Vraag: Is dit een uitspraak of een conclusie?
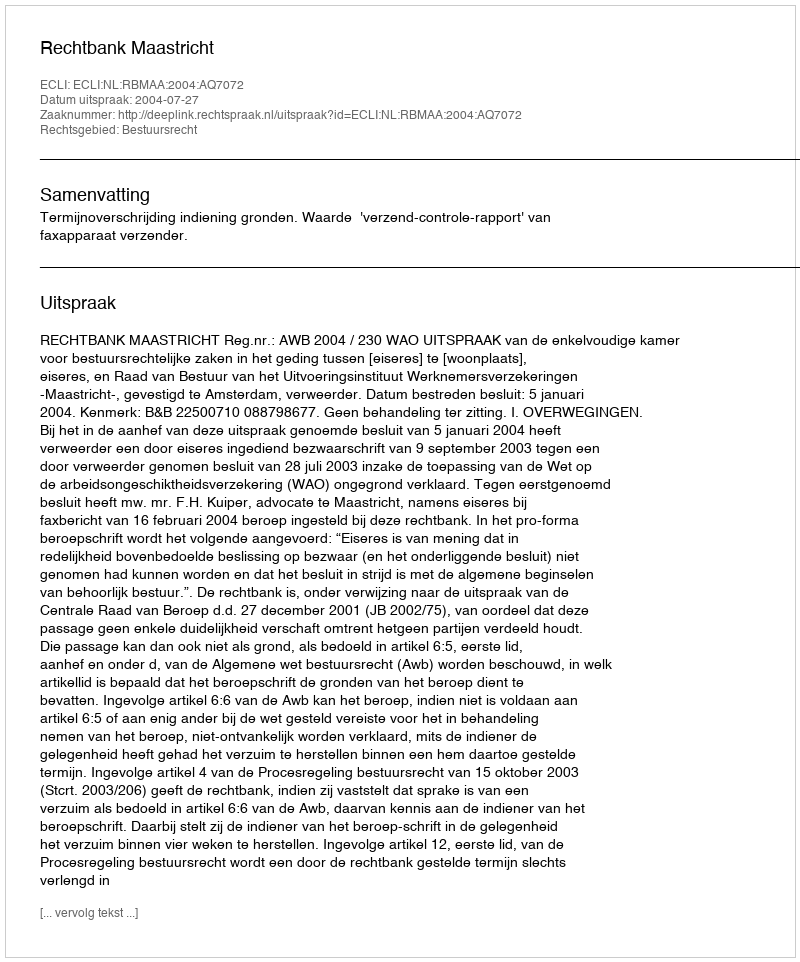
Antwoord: Uitspraak